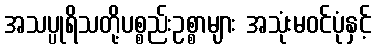
အသပ္ပုရိသတို့ပစ္စည်းဥစ္စာများ အသုံးမဝင်ပုံနှင့်